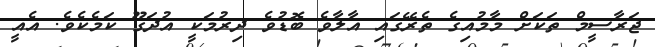
ޖަރާސީމް ތަކަށް މާމުއިގެ ތެރޭގައި އާލާވެ ބޮޑުވެ ދިރުމަކީ އުދަގޫ ކަމެކެވެ. އެއީ